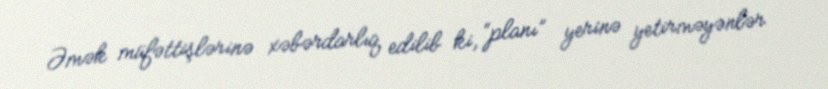
Əmək müfəttişlərinə xəbərdarlıq edilib ki, “planı” yerinə yetirməyənlər